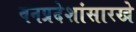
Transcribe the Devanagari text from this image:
वनप्रदेशांसारखे